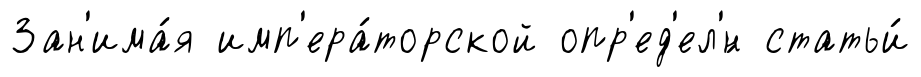
Зан'има́я имп'ера́торской опр'ед'ел'́н статьи́